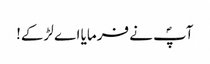
آپؐ نے فرمایا اے لڑکے!